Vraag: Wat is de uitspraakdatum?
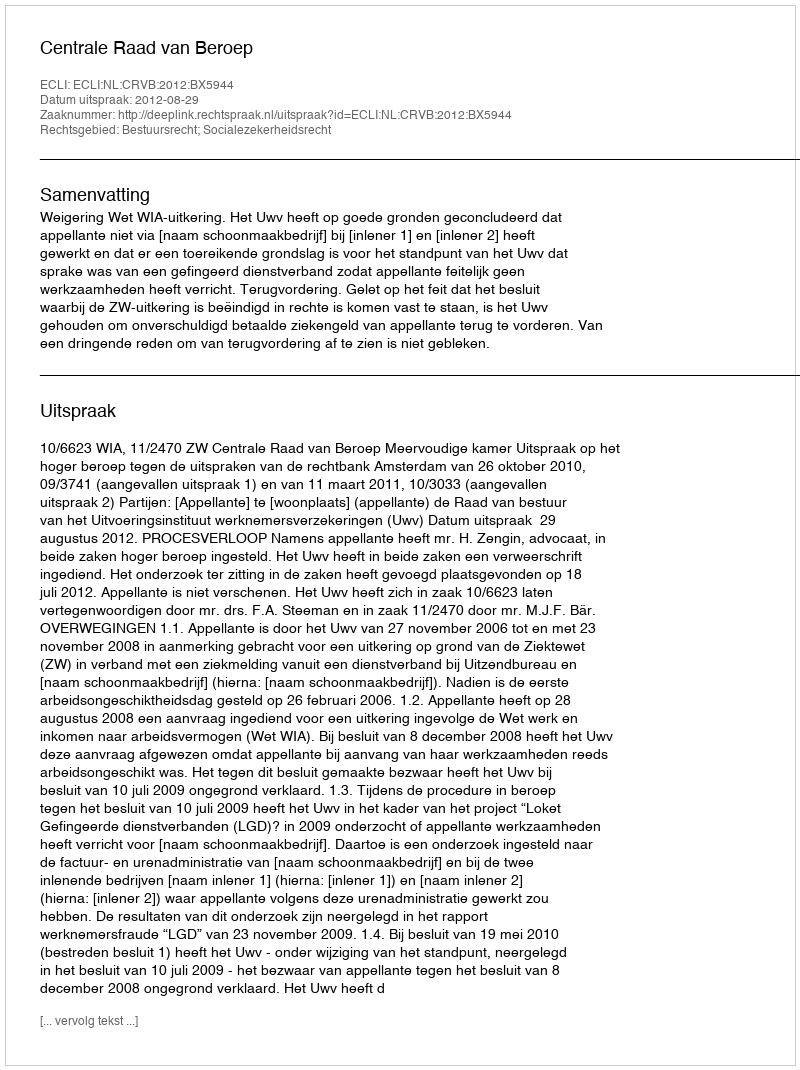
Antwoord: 2012-08-29